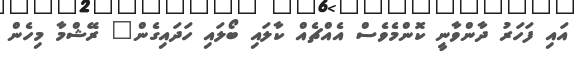
އައި ފަހަރު ދާންވާނީ ކޮންމެވެސް އެއްޗެއް ކާލައި ބޯލައި ހަދައިގެން" ރޭޝްމާ މިހެން